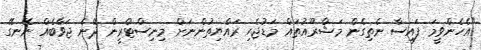
"އެހެންވީމަ ފައިސާ ނެތިގެން މަޝްރޫއުތައް މަޑުޖެހި ރައްޔިތުންނަށް މިނިސްޓްރީން ދޭނެ ޖަވާބެއް ނޭނގޭ